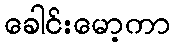
ခေါင်းမော့ကာ